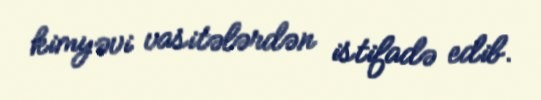
kimyəvi vasitələrdən istifadə edib.